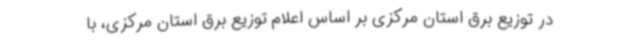
در توزیع برق استان مرکزی بر اساس اعلام توزیع برق استان مرکزی، با